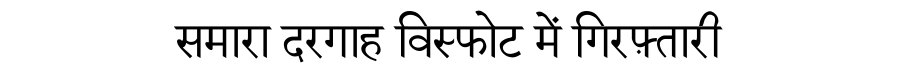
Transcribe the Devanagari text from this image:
समारा दरगाह विस्फोट में गिरफ़्तारी